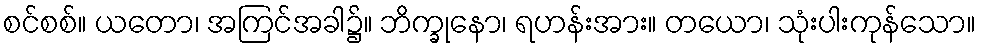
စင်စစ်။ ယတော၊ အကြင်အခါ၌။ ဘိက္ခုနော၊ ရဟန်းအား။ တယော၊ သုံးပါးကုန်သော။